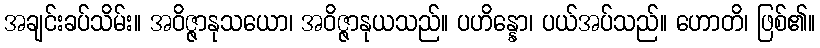
အချင်းခပ်သိမ်း။ အဝိဇ္ဇာနုသယော၊ အဝိဇ္ဇာနုယသည်။ ပဟိန္နော၊ ပယ်အပ်သည်။ ဟောတိ၊ ဖြစ်၏။